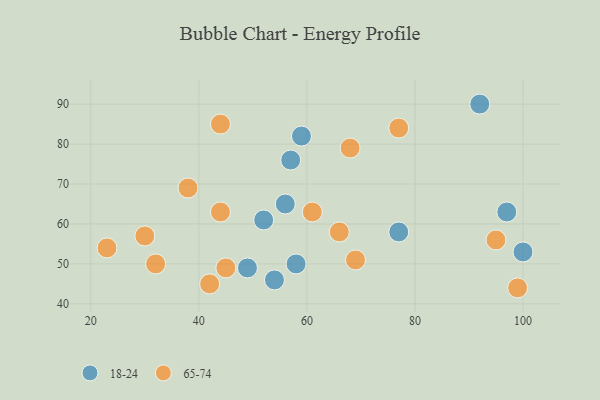
{"axis": {"x": "GDP", "y": "Life Expectancy"}, "legend": ["18-24", "65-74"], "data": [{"x": "58", "y": 50, "type": "18-24"}, {"x": "77", "y": 58, "type": "18-24"}, {"x": "49", "y": 49, "type": "18-24"}, {"x": "52", "y": 61, "type": "18-24"}, {"x": "56", "y": 65, "type": "18-24"}, {"x": "100", "y": 53, "type": "18-24"}, {"x": "57", "y": 76, "type": "18-24"}, {"x": "54", "y": 46, "type": "18-24"}, {"x": "92", "y": 90, "type": "18-24"}, {"x": "59", "y": 82, "type": "18-24"}, {"x": "97", "y": 63, "type": "18-24"}, {"x": "61", "y": 63, "type": "65-74"}, {"x": "68", "y": 79, "type": "65-74"}, {"x": "23", "y": 54, "type": "65-74"}, {"x": "44", "y": 63, "type": "65-74"}, {"x": "77", "y": 84, "type": "65-74"}, {"x": "69", "y": 51, "type": "65-74"}, {"x": "45", "y": 49, "type": "65-74"}, {"x": "66", "y": 58, "type": "65-74"}, {"x": "99", "y": 44, "type": "65-74"}, {"x": "44", "y": 85, "type": "65-74"}, {"x": "32", "y": 50, "type": "65-74"}, {"x": "30", "y": 57, "type": "65-74"}, {"x": "95", "y": 56, "type": "65-74"}, {"x": "42", "y": 45, "type": "65-74"}, {"x": "38", "y": 69, "type": "65-74"}]}